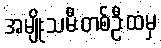
အမျိုးသမီးတစ်ဦးထံမှ